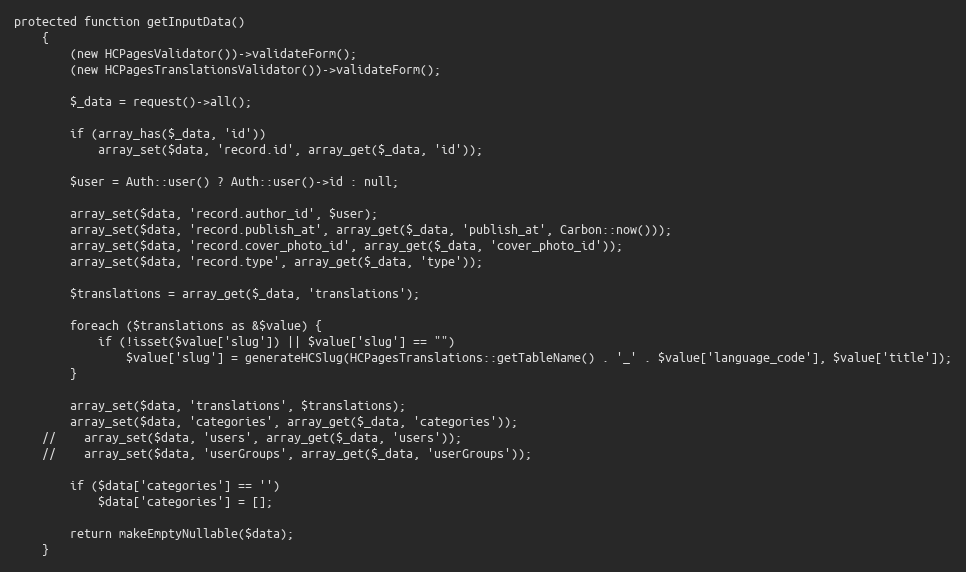
Language: PHP
protected function getInputData()
    {
        (new HCPagesValidator())->validateForm();
        (new HCPagesTranslationsValidator())->validateForm();

        $_data = request()->all();

        if (array_has($_data, 'id'))
            array_set($data, 'record.id', array_get($_data, 'id'));

        $user = Auth::user() ? Auth::user()->id : null;

        array_set($data, 'record.author_id', $user);
        array_set($data, 'record.publish_at', array_get($_data, 'publish_at', Carbon::now()));
        array_set($data, 'record.cover_photo_id', array_get($_data, 'cover_photo_id'));
        array_set($data, 'record.type', array_get($_data, 'type'));

        $translations = array_get($_data, 'translations');

        foreach ($translations as &$value) {
            if (!isset($value['slug']) || $value['slug'] == "")
                $value['slug'] = generateHCSlug(HCPagesTranslations::getTableName() . '_' . $value['language_code'], $value['title']);
        }

        array_set($data, 'translations', $translations);
        array_set($data, 'categories', array_get($_data, 'categories'));
    //    array_set($data, 'users', array_get($_data, 'users'));
    //    array_set($data, 'userGroups', array_get($_data, 'userGroups'));

        if ($data['categories'] == '')
            $data['categories'] = [];

        return makeEmptyNullable($data);
    }